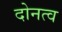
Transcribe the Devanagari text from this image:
दोनत्व